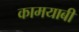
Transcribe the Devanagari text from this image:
कामयाबी